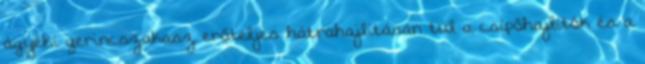
ágyéki gerincszakasz erőteljes hátrahajlításán túl a csípőhajlítók és a